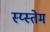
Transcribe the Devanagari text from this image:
स्य्स्तेम